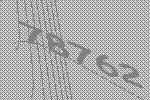
78762